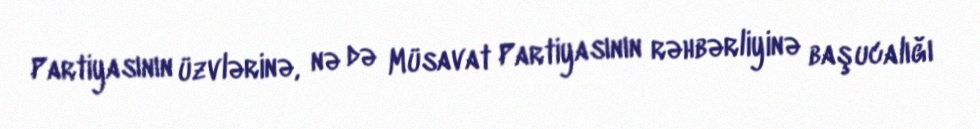
Partiyasının üzvlərinə, nə də Müsavat Partiyasının rəhbərliyinə başucalığı